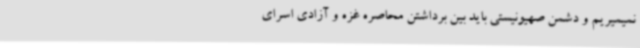
نمیمیریم و دشمن صهیونیستی باید بین برداشتن محاصره غزه و آزادی اسرای